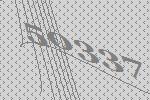
50337